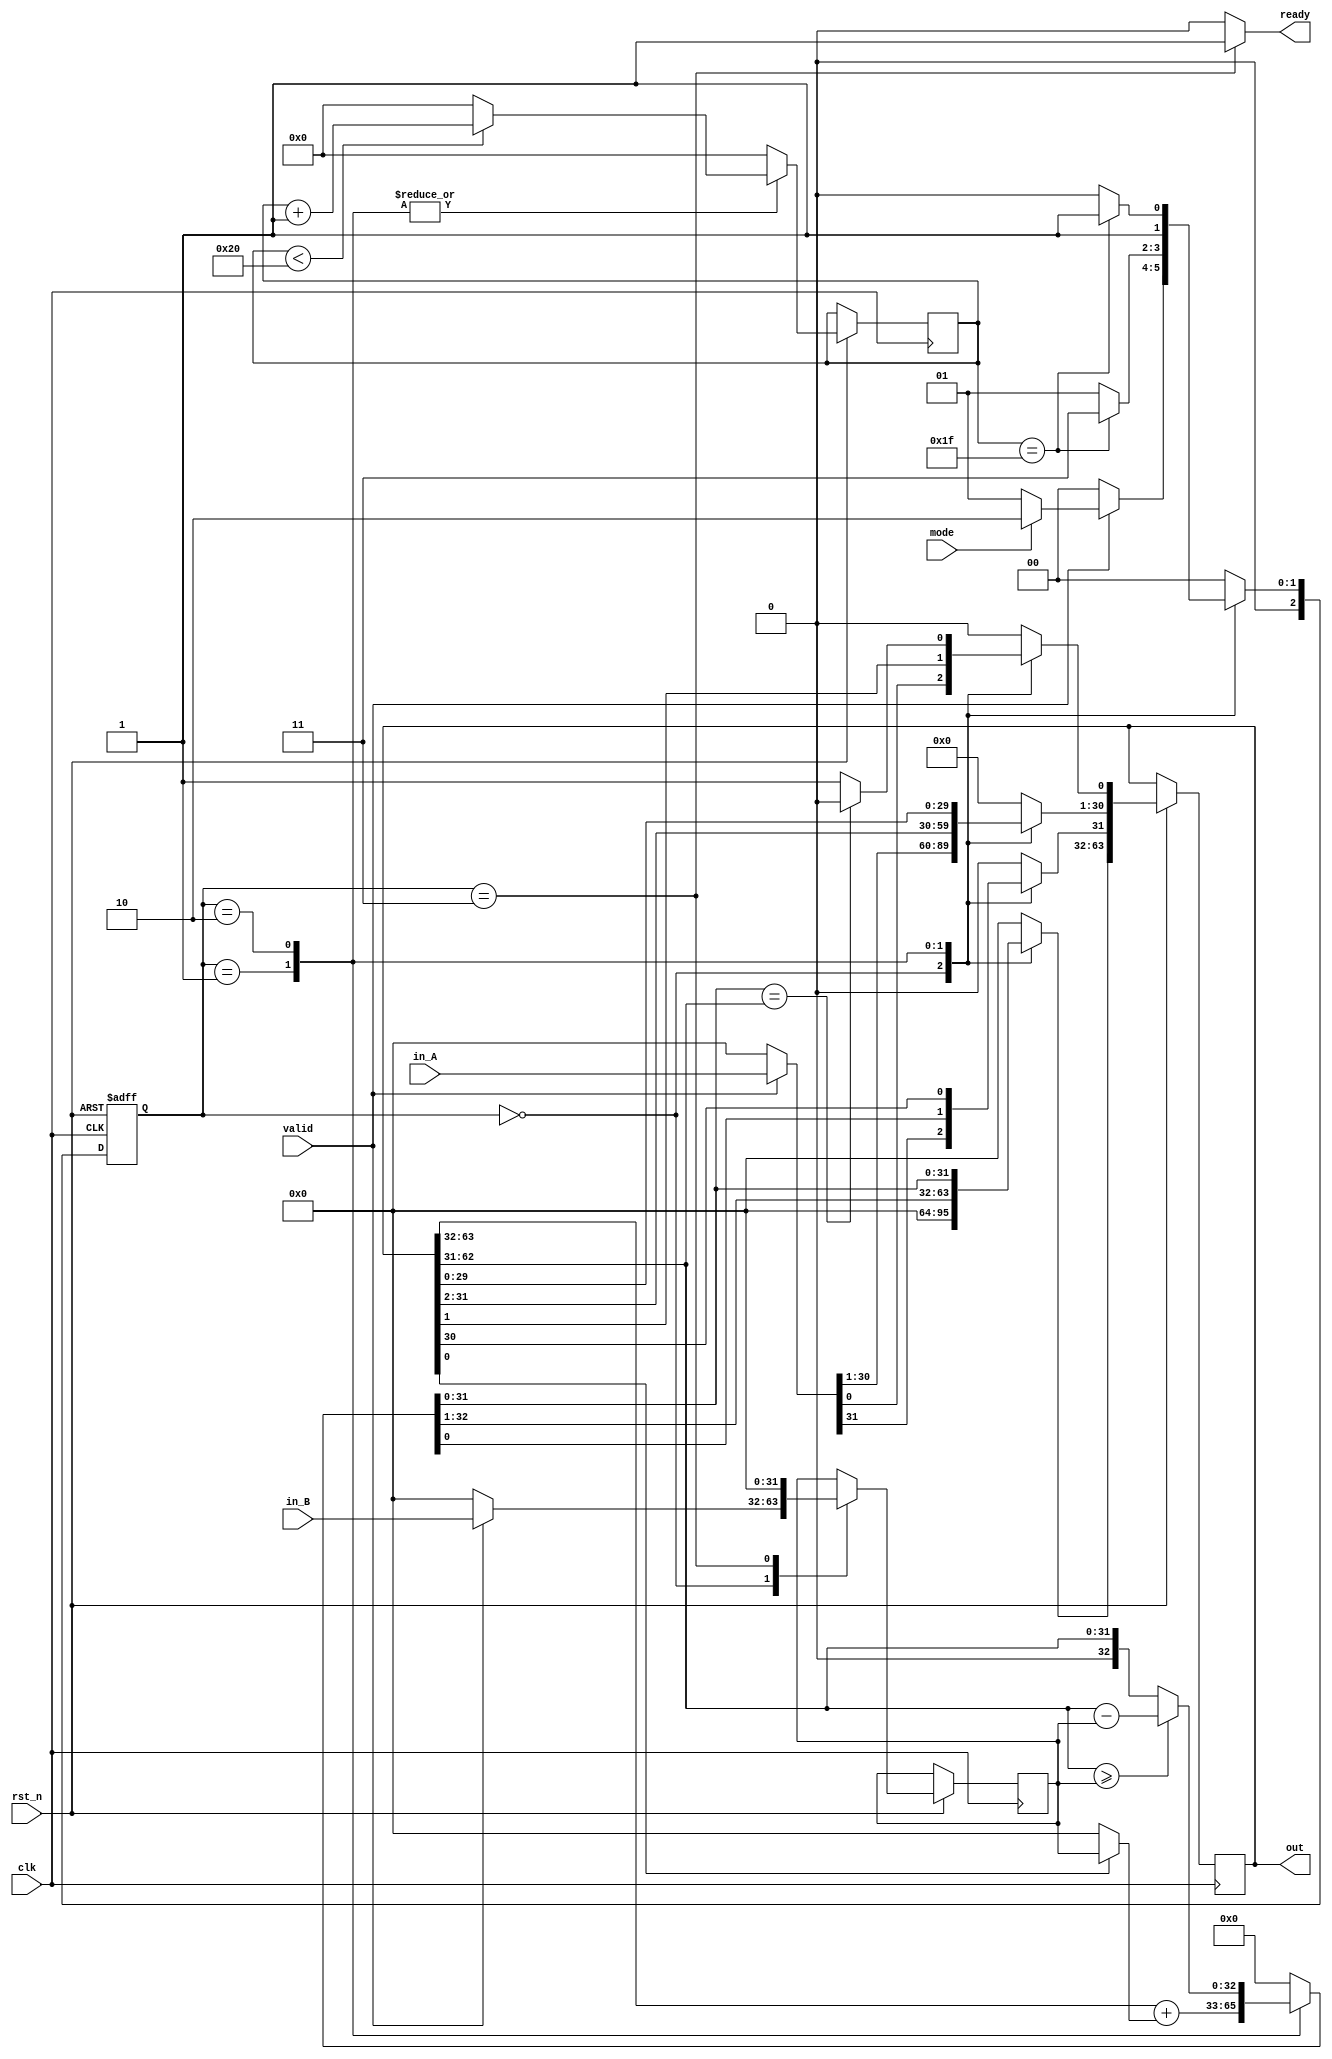
module MulDiv(
    input clk,
    input rst_n,
    input valid,
    input mode,
    input  [31:0] in_A,
    output ready,
    input  [31:0] in_B,
    output [63:0] out
);
    // Definition of states
    parameter IDLE = 3'd0;
    parameter MUL  = 3'd1;
    parameter DIV  = 3'd2;
    parameter OUT  = 3'd3;

    // Todo: Wire and reg if needed
    reg  [ 2:0] state, state_nxt;
    reg  [ 4:0] counter, counter_nxt;
    reg  [63:0] shreg, shreg_nxt;
    reg  [31:0] alu_in, alu_in_nxt;
    reg  [32:0] alu_out;

    // Todo: Instatiate any primitives if needed

    // Todo 5: Wire assignments
    assign out = shreg;
    assign ready = (state == OUT) ? 1 : 0;
    
    // Combinational always block
    // Todo 1: Next-state logic of state machine
    always @(*) begin
        case(state)
            IDLE: begin
                if (valid) state_nxt = mode == 0 ? MUL : DIV;
                else state_nxt = IDLE;
            end
            MUL : state_nxt = counter == 5'd31 ? OUT : MUL;
            DIV : state_nxt = counter == 5'd31 ? OUT : DIV;
            OUT : state_nxt = IDLE;
            default : state_nxt = IDLE;
        endcase
    end
    // Todo 2: Counter
    always @(*) begin
        case(state)
            MUL: counter_nxt = (counter < 6'd32) ? counter + 1'b1 : 0;
            DIV: counter_nxt = (counter < 6'd32) ? counter + 1'b1 : 0;
            default: counter_nxt = 0;
        endcase
    end
    
    // ALU input
    always @(*) begin
        case(state)
            IDLE: begin
                if (valid) alu_in_nxt = in_B;
                else       alu_in_nxt = 0;
            end
            OUT : alu_in_nxt = 0;
            default: alu_in_nxt = alu_in;
        endcase
    end

    // Todo 3: ALU output
    always @(*) begin
        case(state)
            MUL : alu_out = {1'b0, shreg[63:32]} + (shreg[0] ? alu_in : 0);
            DIV : alu_out = (shreg[62:31] >= alu_in) ? (shreg[62:31] - alu_in) : shreg[62:31];
            default: alu_out = 0;
        endcase
    end
    
    // Todo 4: Shift register
    always @(*) begin
        case(state)
            IDLE: begin
                if (valid) shreg_nxt = {32'b0, in_A};
                else shreg_nxt = 0;
            end
            MUL : begin
                shreg_nxt[30:0] = shreg[31:1]; // right Shift
                shreg_nxt[63:31] = alu_out; // update (handle overflow)
            end
            DIV : begin
                shreg_nxt[63:32] = alu_out[31:0];
                shreg_nxt[31:1] = shreg[30:0];
                shreg_nxt[0] = (alu_out[31:0] == shreg[62:31]) ? 0 : 1;
            end
            default: shreg_nxt = 0;
        endcase
    end

    // Todo: Sequential always block
    always @(posedge clk or negedge rst_n) begin
        if (!rst_n) begin
            state <= IDLE;
        end
        else begin
            state <= state_nxt;
            counter <= counter_nxt;
            shreg <= shreg_nxt;
            alu_in <= alu_in_nxt;
        end
    end

endmodule